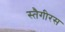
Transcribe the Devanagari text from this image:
स्तैगीरस